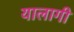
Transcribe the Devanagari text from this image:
यालागी